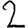
Digit: 2